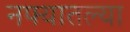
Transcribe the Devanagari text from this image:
नफ्यातल्या